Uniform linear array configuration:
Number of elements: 16
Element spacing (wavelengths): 1
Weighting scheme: uniform
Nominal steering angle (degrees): -30
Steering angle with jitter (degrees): -31.072
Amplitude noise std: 0.05
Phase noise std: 0.05

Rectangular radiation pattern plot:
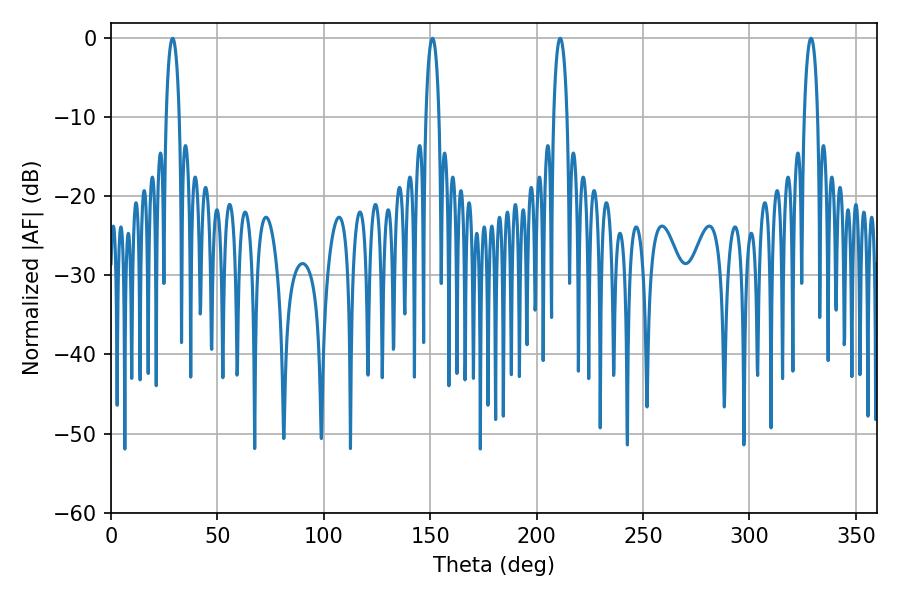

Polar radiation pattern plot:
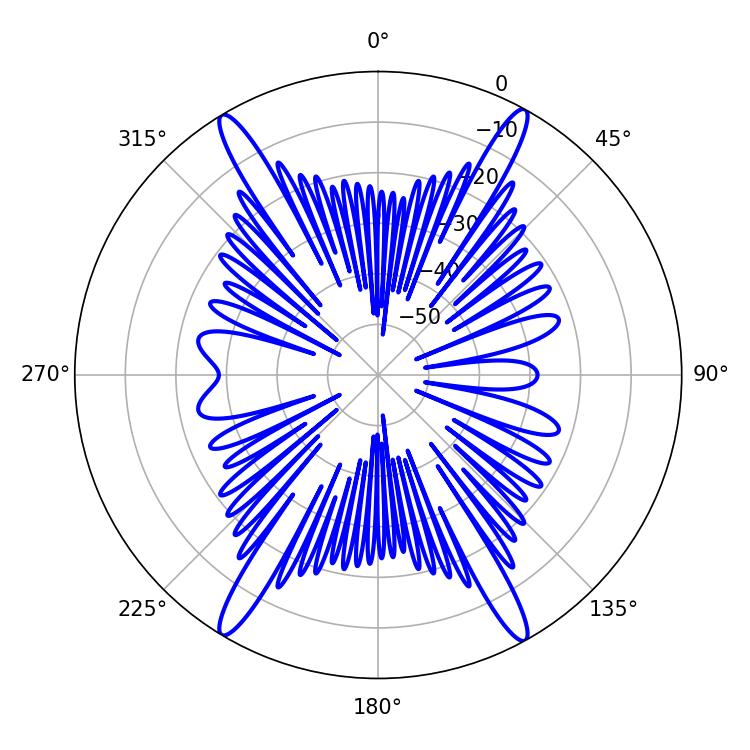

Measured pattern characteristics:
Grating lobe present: TRUE
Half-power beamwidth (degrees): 3.6
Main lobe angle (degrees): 151.02